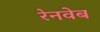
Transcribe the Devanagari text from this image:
रेनवेब